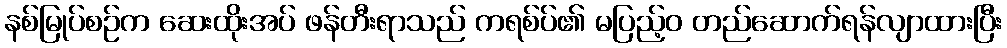
နစ်မြုပ်စဉ်က ဆေးထိုးအပ် ဖန်တီးရာသည် ကရစ်ပ်၏ မပြည့်ဝ တည်ဆောက်ရန်လျာထားပြီး